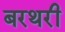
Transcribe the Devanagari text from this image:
बरथरी